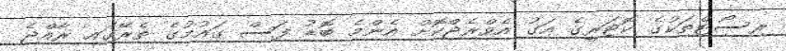
ރިސޯޓްތަކުގެ ކޮޓަރީގެ އަގު އެވްރެޖްކޮށް އެންމެ ބޮޑު ފަސް ގައުމުގެ ތެރޭގައި ރާއްޖެ